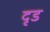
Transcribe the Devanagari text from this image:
दृड